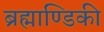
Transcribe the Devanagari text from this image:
ब्रह्माण्डिकी